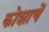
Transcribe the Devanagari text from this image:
कोशाचें